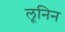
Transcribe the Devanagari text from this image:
लूनिन